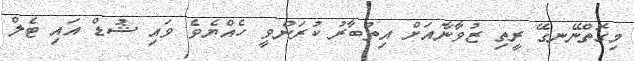
މިގޮތްނޭނގޭ ރީތި ޒުވާނާއަށް އިތުބާރު ކުރަންވީ ހެއްޔެވެ ވައި ޝުޑް އައި ޓެލް